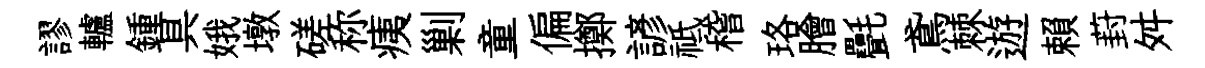
謬轤鍾具娥墩磋称痍剿童偏擲諺祗稽珞膾㲲鳶棘遊賴葑舛